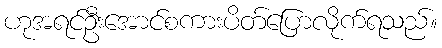
ဟုအရင်ဦးအောင်စကားပိတ်ပြောလိုက်ရသည်။